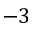
- 3